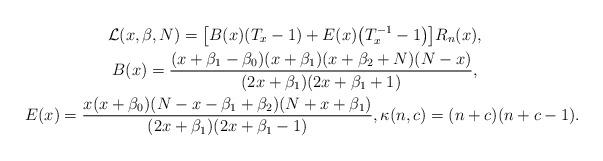
LaTeX: \begin{gather*}\mathcal{L}(x, \beta, N)=\big[ B(x)(T_x-1)+E(x)\big(T_x^{-1}-1\big)\big]R_n(x),\\ B(x)=\frac{(x+\beta_1-\beta_0)(x+\beta_1)(x+\beta_2+N)(N-x)}{(2x+\beta_1)(2x+\beta_1+1)},\\ E(x)=\frac{x(x+\beta_0)(N-x-\beta_1+\beta_2)(N+x+\beta_1)}{(2x+\beta_1)(2x+\beta_1-1)}, \kappa(n, c)= (n+c ) (n+c-1 ). \end{gather*}